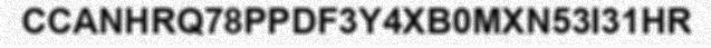
CCANHRQ78PPDF3Y4XB0MXN53I31HR